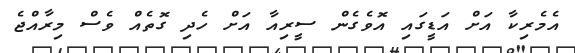
އެމެރިކާ އަށް އަޑީގައި އޮވެގެން ސީރިއާ އަށް ހެދި ގޮތެއް ވެސް މިރާއްޖެ